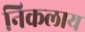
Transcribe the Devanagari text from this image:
निकलाय